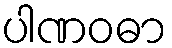
ပါဏဝဓာ